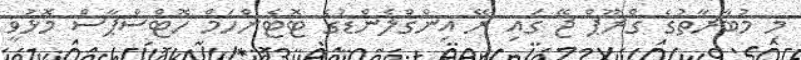
މި މުބާރާތުގެ ގްރޫޕް ޖޭ ގައި ރޭ އިންގްލެންޑުގެ ޓޮޓެންހަމް ހޮޓްސްޕާސް މޮޅުވީ